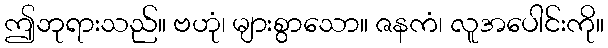
ဤဘုရားသည်။ ဗဟုံ၊ များစွာသော။ ဇနကံ၊ လူအပေါင်းကို။